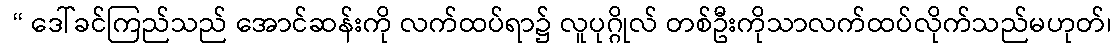
 “ ဒေါ်ခင်ကြည်သည် အောင်ဆန်းကို လက်ထပ်ရာ၌ လူပုဂ္ဂိုလ် တစ်ဦးကိုသာလက်ထပ်လိုက်သည်မဟုတ်၊